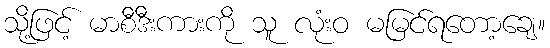
သို့ဖြင့် မာစီဒီးကားကို သူ လုံးဝ မမြင်ရတော့ချေ။